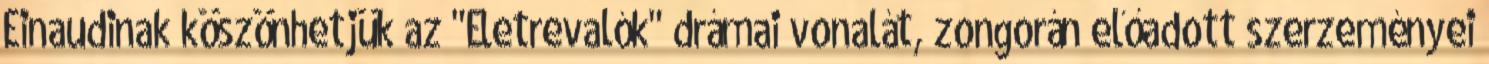
Einaudinak köszönhetjük az "Életrevalók" drámai vonalát, zongorán előadott szerzeményei